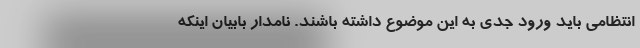
انتظامی باید ورود جدی به این موضوع داشته باشند. نامدار بابیان اینکه